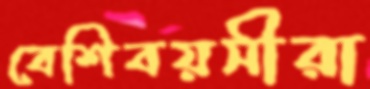
বেশিবয়সীরা